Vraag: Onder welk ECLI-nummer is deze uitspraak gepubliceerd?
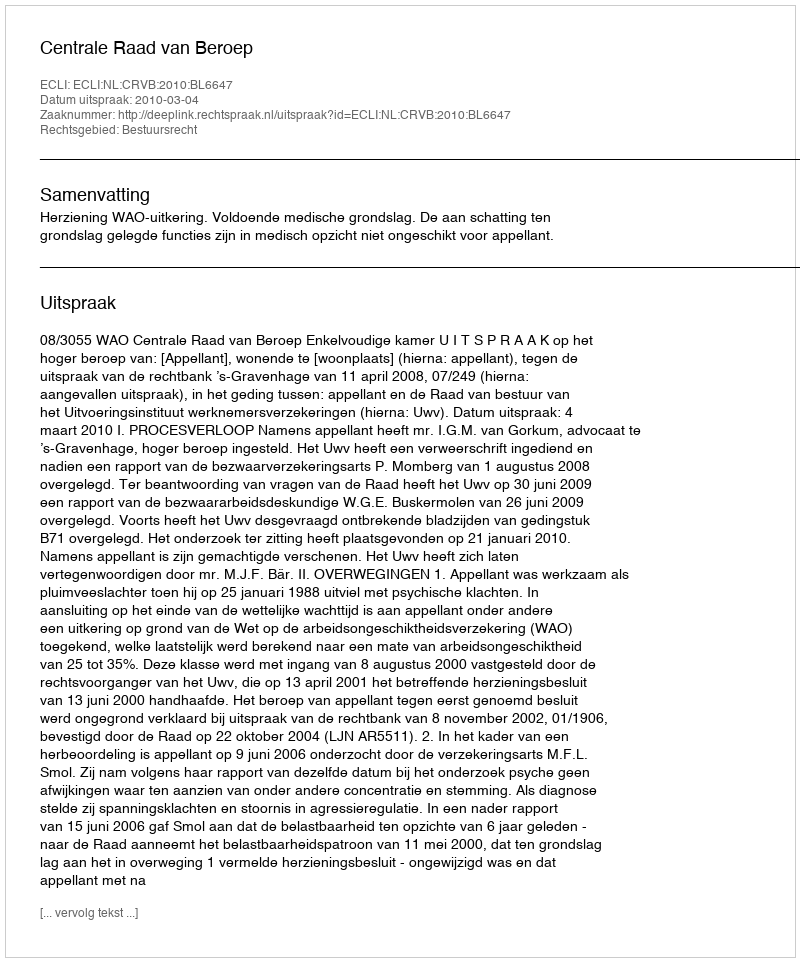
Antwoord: ECLI:NL:CRVB:2010:BL6647